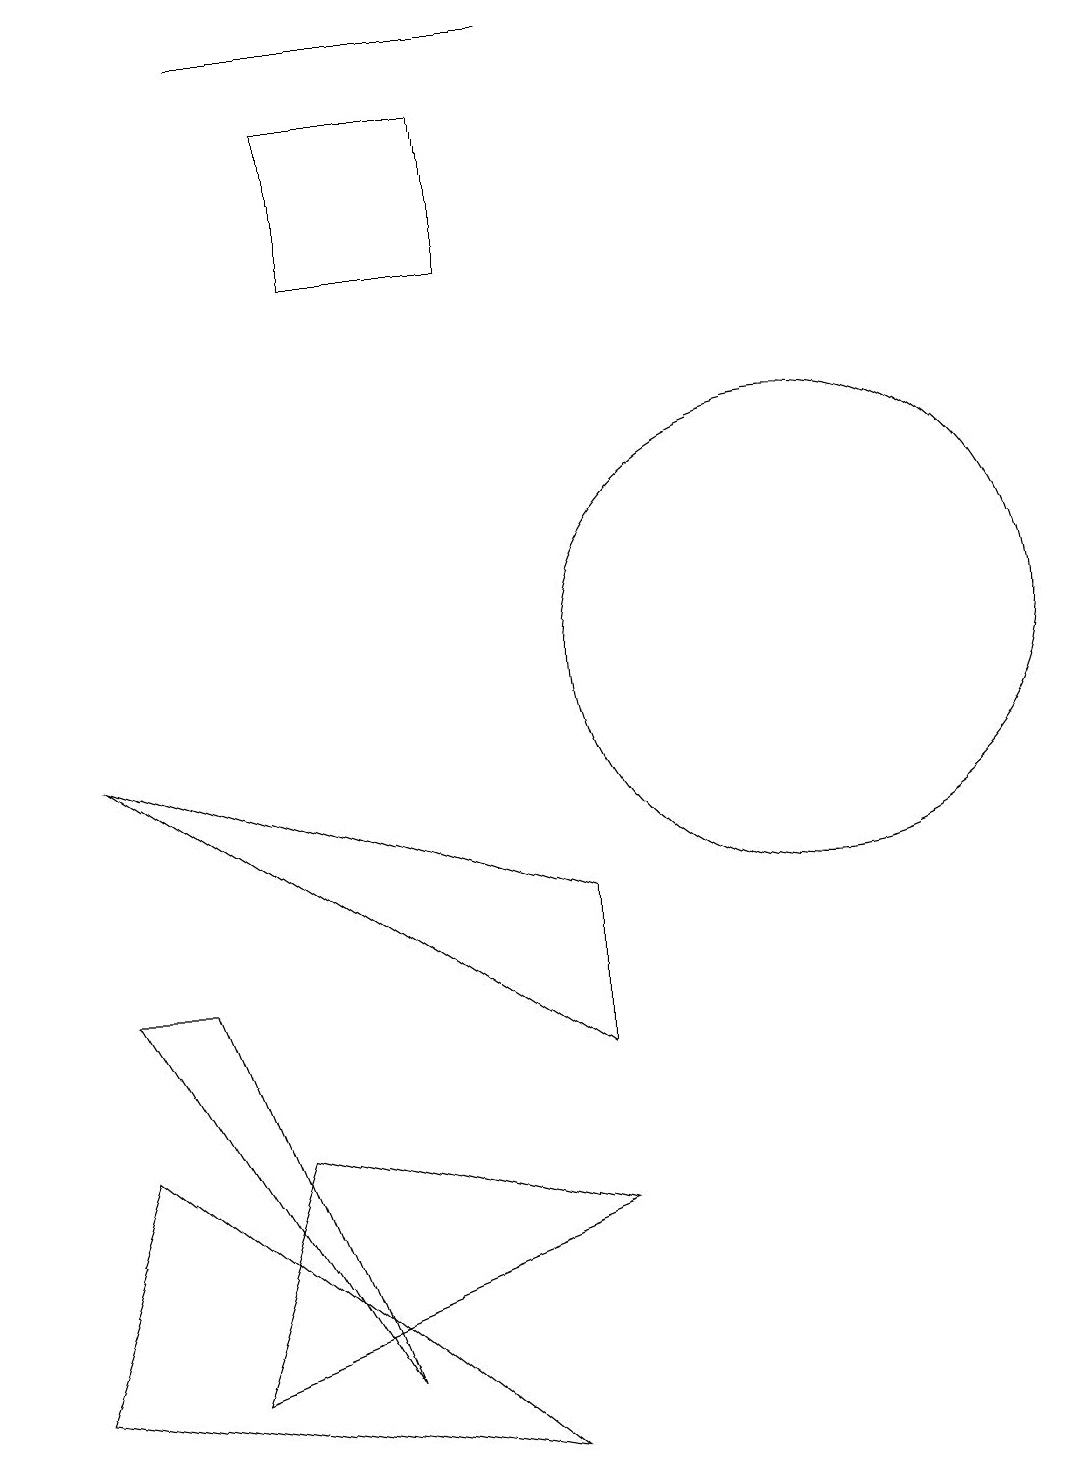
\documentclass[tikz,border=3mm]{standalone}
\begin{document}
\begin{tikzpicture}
\draw (7,0) -- (2,4) -- (1,1) -- cycle;
\draw (8,18) rectangle (4,18);
\draw (11,10) circle (3);
\draw (7,15) rectangle (5,17);
\draw (8,3) -- (4,4) -- (3,1) -- cycle;
\draw (2,9) -- (8,5) -- (8,7) -- cycle;
\draw (3,6) -- (5,1) -- (2,6) -- cycle;
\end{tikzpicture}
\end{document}